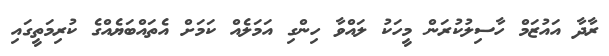
ރާދާ އައުޒަމް ހާސިލުކުރަން މީހަކު ލައްވާ ހިންގި އަމަލެއް ކަމަށް އެތައްބަޔެއްގެ ކުރިމަތީގައި